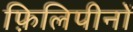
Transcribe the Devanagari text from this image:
फ़िलिपीनों